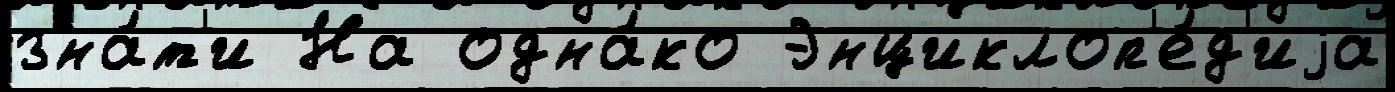
зна́т'и На одна́ко Энциклоп'е́д'иjа